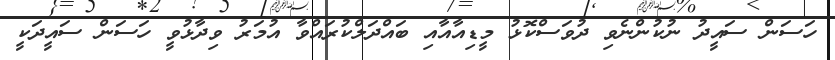
ހަސަން ސައީދު ނުކުންނެވި ދުވަސްކޮޅު މީޑިއާއާއި ބައްދަލްކުރައްވާ އުމަރު ވިދާޅުވީ ހަސަން ސައީދަކީ